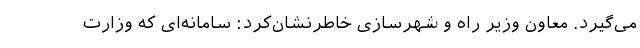
می‌گیرد. معاون وزیر راه و شهرسازی خاطرنشان‌کرد: سامانه‌ای که وزارت